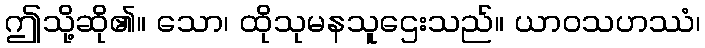
ဤသို့ဆို၏။ သော၊ ထိုသုမနသူဌေးသည်။ ယာဝသဟဿံ၊